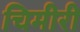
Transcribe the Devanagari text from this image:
चिमीरी